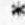
*